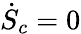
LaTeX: {\dot{S}}_{c}=0